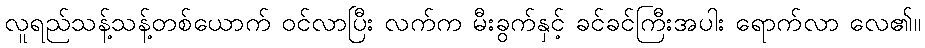
လူရည်သန့်သန့်တစ်ယောက် ဝင်လာပြီး လက်က မီးခွက်နှင့် ခင်ခင်ကြီးအပါး ရောက်လာ လေ၏။